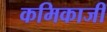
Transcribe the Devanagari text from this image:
कमिकाजी